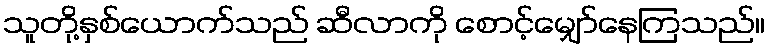
သူတို့နှစ်ယောက်သည် ဆီလာကို စောင့်မျှော်နေကြသည်။